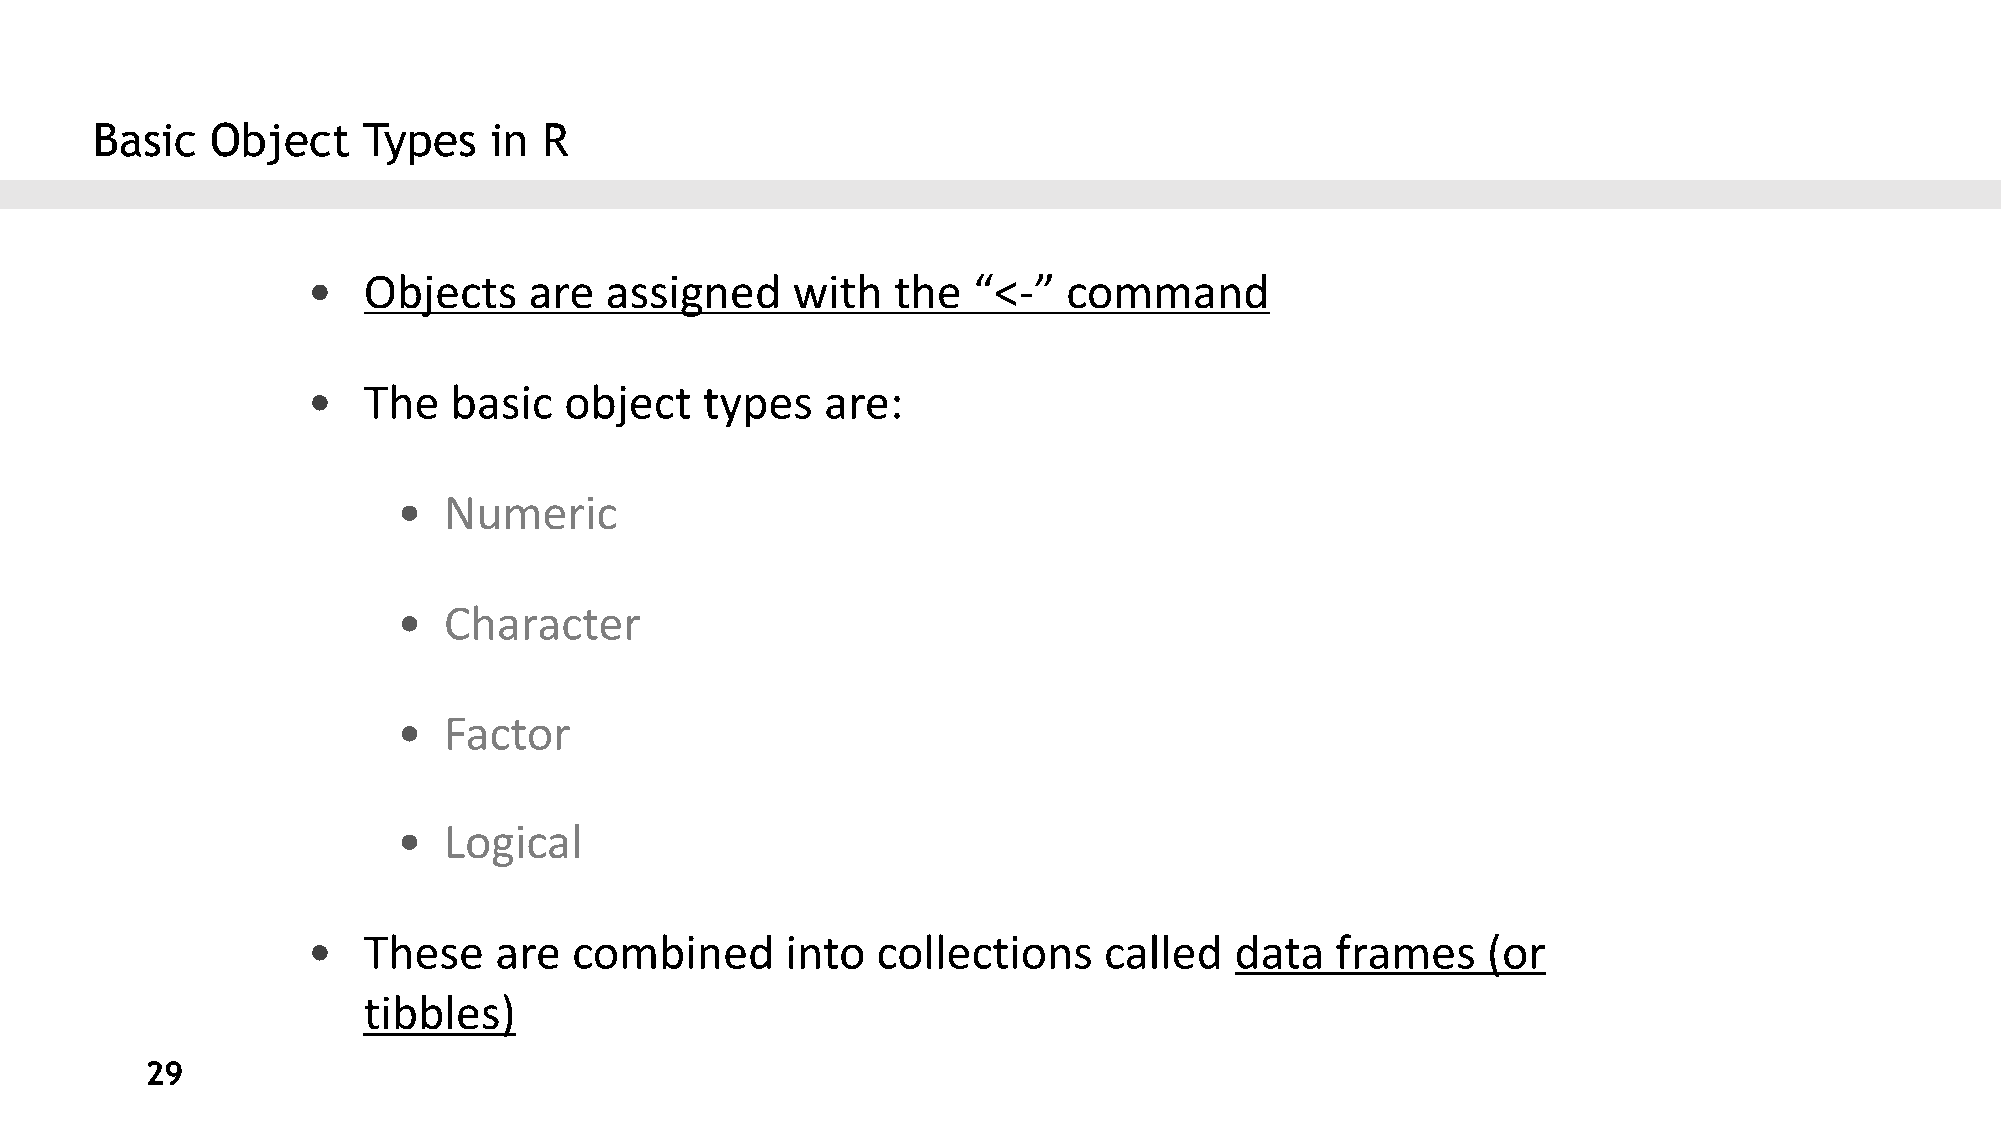
Basic   Object    Types   in  R
 •   Objects    are  assigned    with   the  “<-”   command
 •   The   basic  object    types   are:
 •  Numeric
 •  Character
 •  Factor
 •  Logical
 •   These    are  combined      into  collections    called   data  frames    (or
 tibbles)
 29